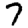
Digit: 7